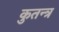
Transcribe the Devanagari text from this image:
कुतन्त्र